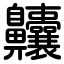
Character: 齉